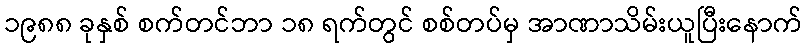
၁၉၈၈ ခုနှစ် စက်တင်ဘာ ၁၈ ရက်တွင် စစ်တပ်မှ အာဏာသိမ်းယူပြီးနောက်